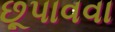
છૂપાવવા